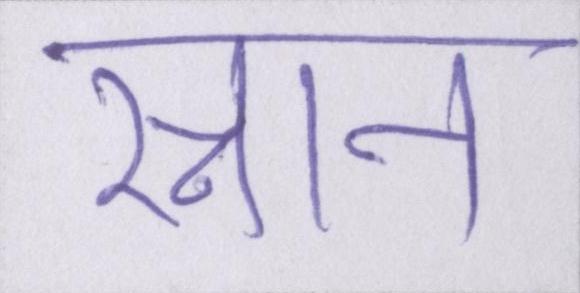
स्नान